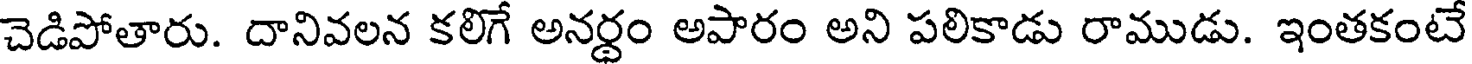
చెడిపోతారు. దానివలన కలిగే అనర్థం అపారం అని పలికాడు రాముడు. ఇంతకంటే